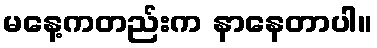
မနေ့ကတည်းက နာနေတာပါ။